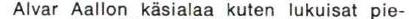
Alvar Aallon käsialaa kuten lukuisat pie-